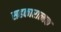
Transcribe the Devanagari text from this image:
सहकारात्मक